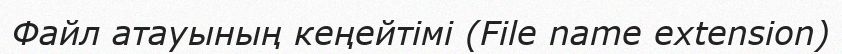
Файл атауының кеңейтімі (File name extension)